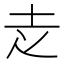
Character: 赱